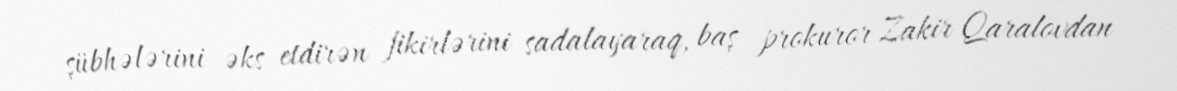
şübhələrini əks etdirən fikirlərini sadalayaraq, baş prokuror Zakir Qaralovdan